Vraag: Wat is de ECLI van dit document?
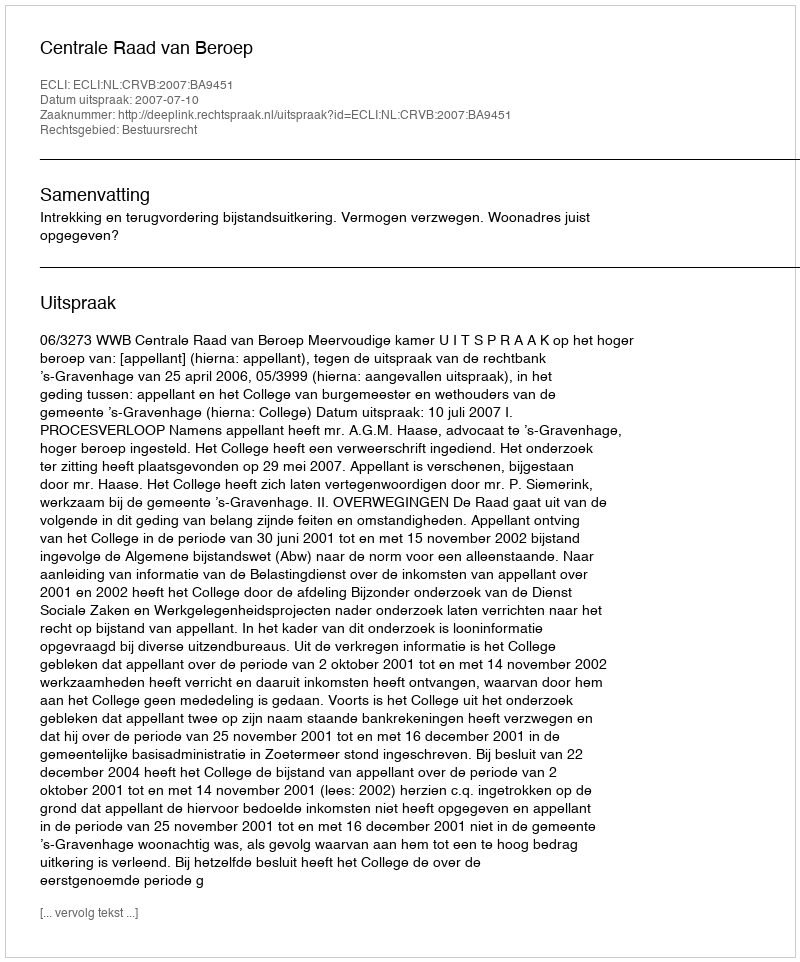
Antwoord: ECLI:NL:CRVB:2007:BA9451